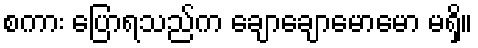
စကား ပြောရသည်က ချောချောမောမော မရှိ။